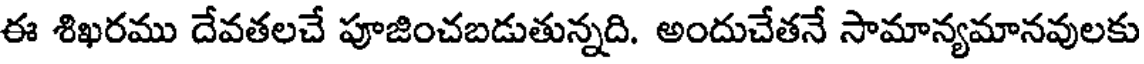
ఈ శిఖరము దేవతలచే పూజించబడుతున్నది. అందుచేతనే సామాన్యమానవులకు